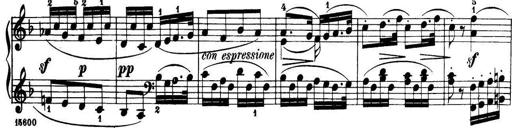
Title: 32 Sonatinas and Rondos for the Piano
Composer: Richard Kleinmichel